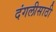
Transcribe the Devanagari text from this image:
दंगलीसाठी